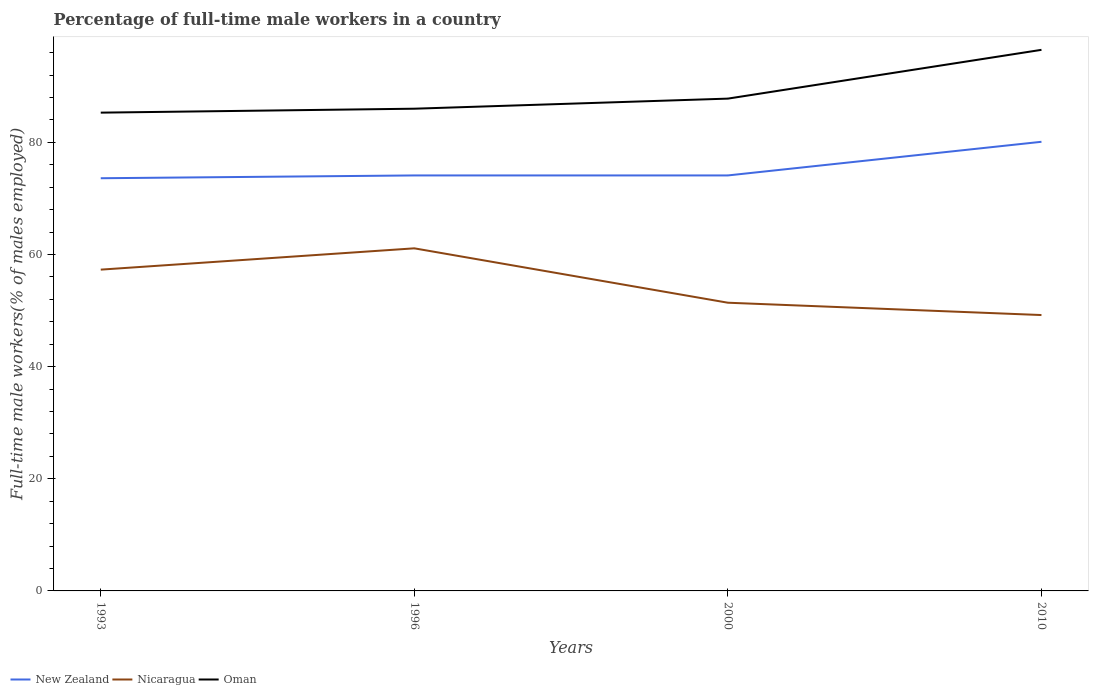
| Years | New Zealand | Nicaragua | Oman |
 | --- | --- | --- | --- |
 | 1993 | 73.6 | 57.3 | 85.3 |
 | 1996 | 74.1 | 61.1 | 86 |
 | 2000 | 74.1 | 51.4 | 87.8 |
 | 2010 | 80.1 | 49.2 | 96.5 |